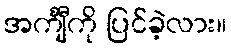
အင်္ကျီကို ပြင်ခဲ့လား။